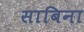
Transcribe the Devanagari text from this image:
साबिना